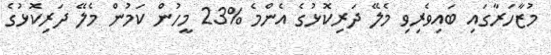
މުޒާހަރާގައި ބައިވެރިވި މެލޭ ދަރިކޮޅުގެ އެންމެ %23 މީހުން ކަމުން މެލޭ ދަރިކޮޅުގެ